Vaccination in the Punjab 1905-1918 - 1905-1918
Year: 1905
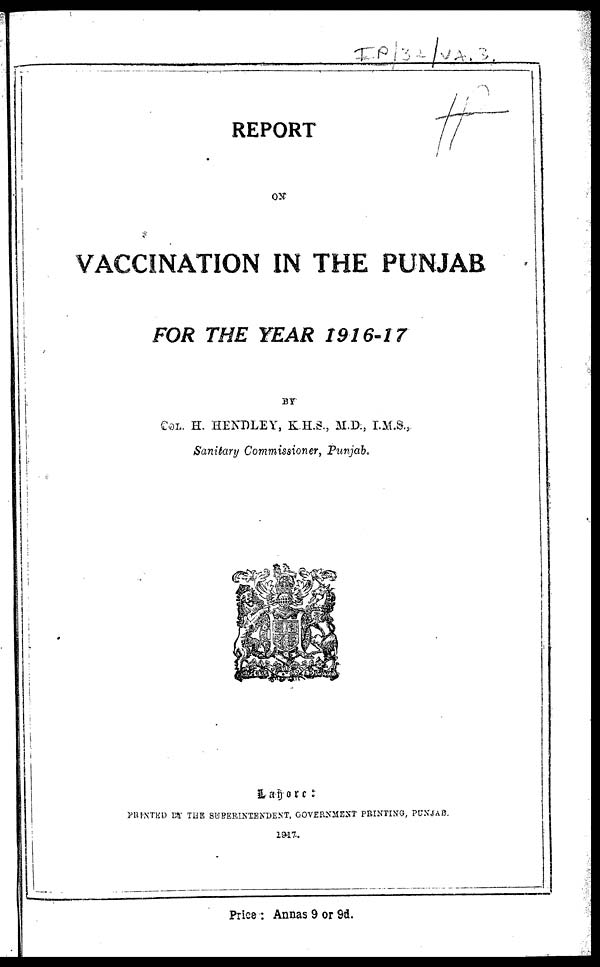
REPORT
ON
VACCINATION IN THE PUNJAB
FOR THE YEAR 1916-17
BY
COL. H. HENDLEY, K.H.S., M.D., I.M.S.,.
Sanitary Commissioner, Punjab.
Lahore:
PRINTED BY THE SUPERINTENDENT, GOVERNMENT PRINTING, PUNJAB.
1917.
Price : Annas 9 or 9d.